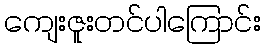
ကျေးဇူးတင်ပါကြောင်း